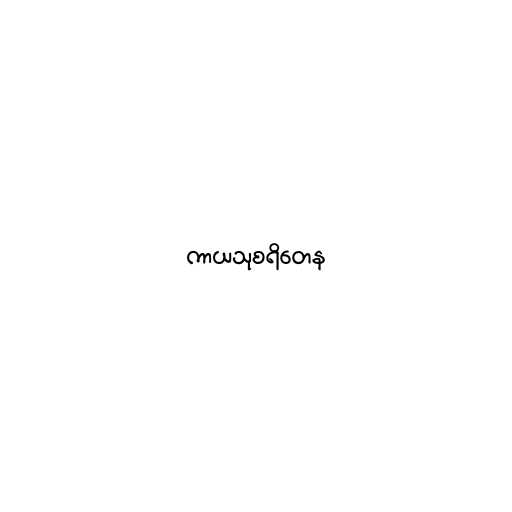
ကာယသုစရိတေန